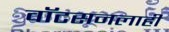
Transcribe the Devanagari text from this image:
वाॅटसनलाही